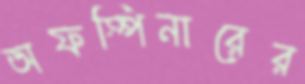
অফস্পিনারের